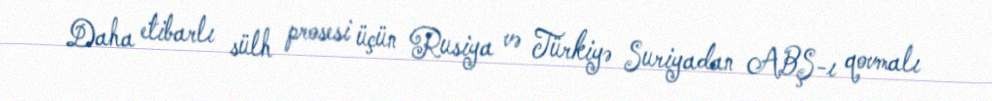
Daha etibarlı sülh prosesi üçün Rusiya və Türkiyə Suriyadan ABŞ-ı qovmalı